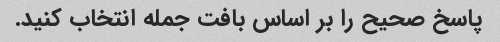
پاسخ صحیح را بر اساس بافت جمله انتخاب کنید.